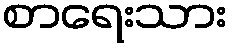
စာရေးသား